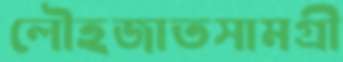
লৌহজাতসামগ্রী